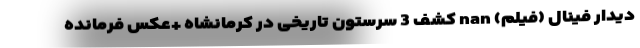
دیدار فینال (فیلم) nan کشف 3 سرستون تاریخی در کرمانشاه +عکس فرمانده